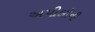
અપીલોની